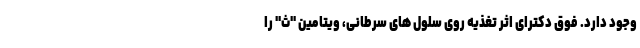
وجود دارد. فوق دکترای اثر تغذیه روی سلول های سرطانی، ویتامین "ث" را